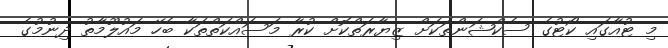
މި ޓުއާގައި ކޯޓުގެ ސެކްޝަންތަކަށް ޒިޔާރަތްކޮށް ކުރާ މަސައްކަތްތަކާ ބެހޭ މައުލޫމާތު ދިނުމުގެ